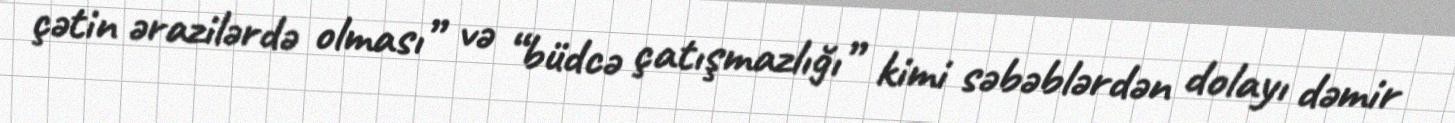
çətin ərazilərdə olması” və “büdcə çatışmazlığı” kimi səbəblərdən dolayı dəmir